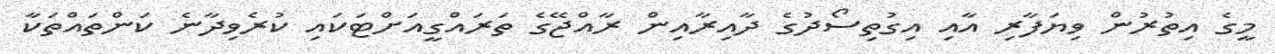
މީގެ އިތުރުން ވިޔަފާރި އާއި އިގުތިސޯދުގެ ދާއިރާއިން ރާއްޖޭގެ ތަރައްގީއަށްޓަކައި ކުރެވިދާނެ ކަންތައްތަކާ